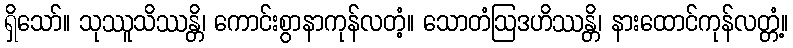
ရှိသော်။ သုဿူသိဿန္တိ၊ ကောင်းစွာနာကုန်လတံ့။ သောတံဩဒဟိဿန္တိ၊ နားထောင်ကုန်လတ္တံ့။